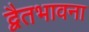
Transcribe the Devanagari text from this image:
द्वैतभावना